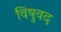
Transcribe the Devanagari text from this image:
विषुवद